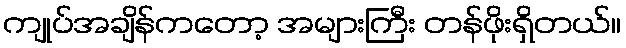
ကျုပ်အချိန်ကတော့ အများကြီး တန်ဖိုးရှိတယ်။